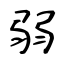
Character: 弱